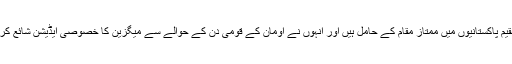
انہوں نے میگزین کے ایڈیٹر امیر حمزہ کو سراہا جو مسقط میں مقیم پاکستانیوں میں ممتاز مقام کے حامل ہیں اور انہوں نے اومان کے قومی دن کے حوالے سے میگزین کا خصوصی ایڈیشن شائع کر کے دوطرفہ تعلقات کو مضبوط بنانے میں اپنا کردار ادا کیا ہے۔